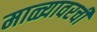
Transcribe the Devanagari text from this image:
माळ्यावरची